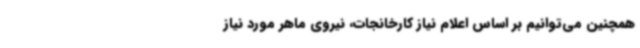
همچنین می‌توانیم بر اساس اعلام نیاز کارخانجات، نیروی ماهر مورد نیاز